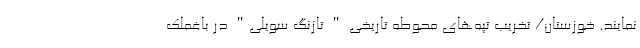
نمایند. خوزستان/ تخریب تپه‌های محوطه‌ تاریخی " تازنگ سویلی" در باغملک